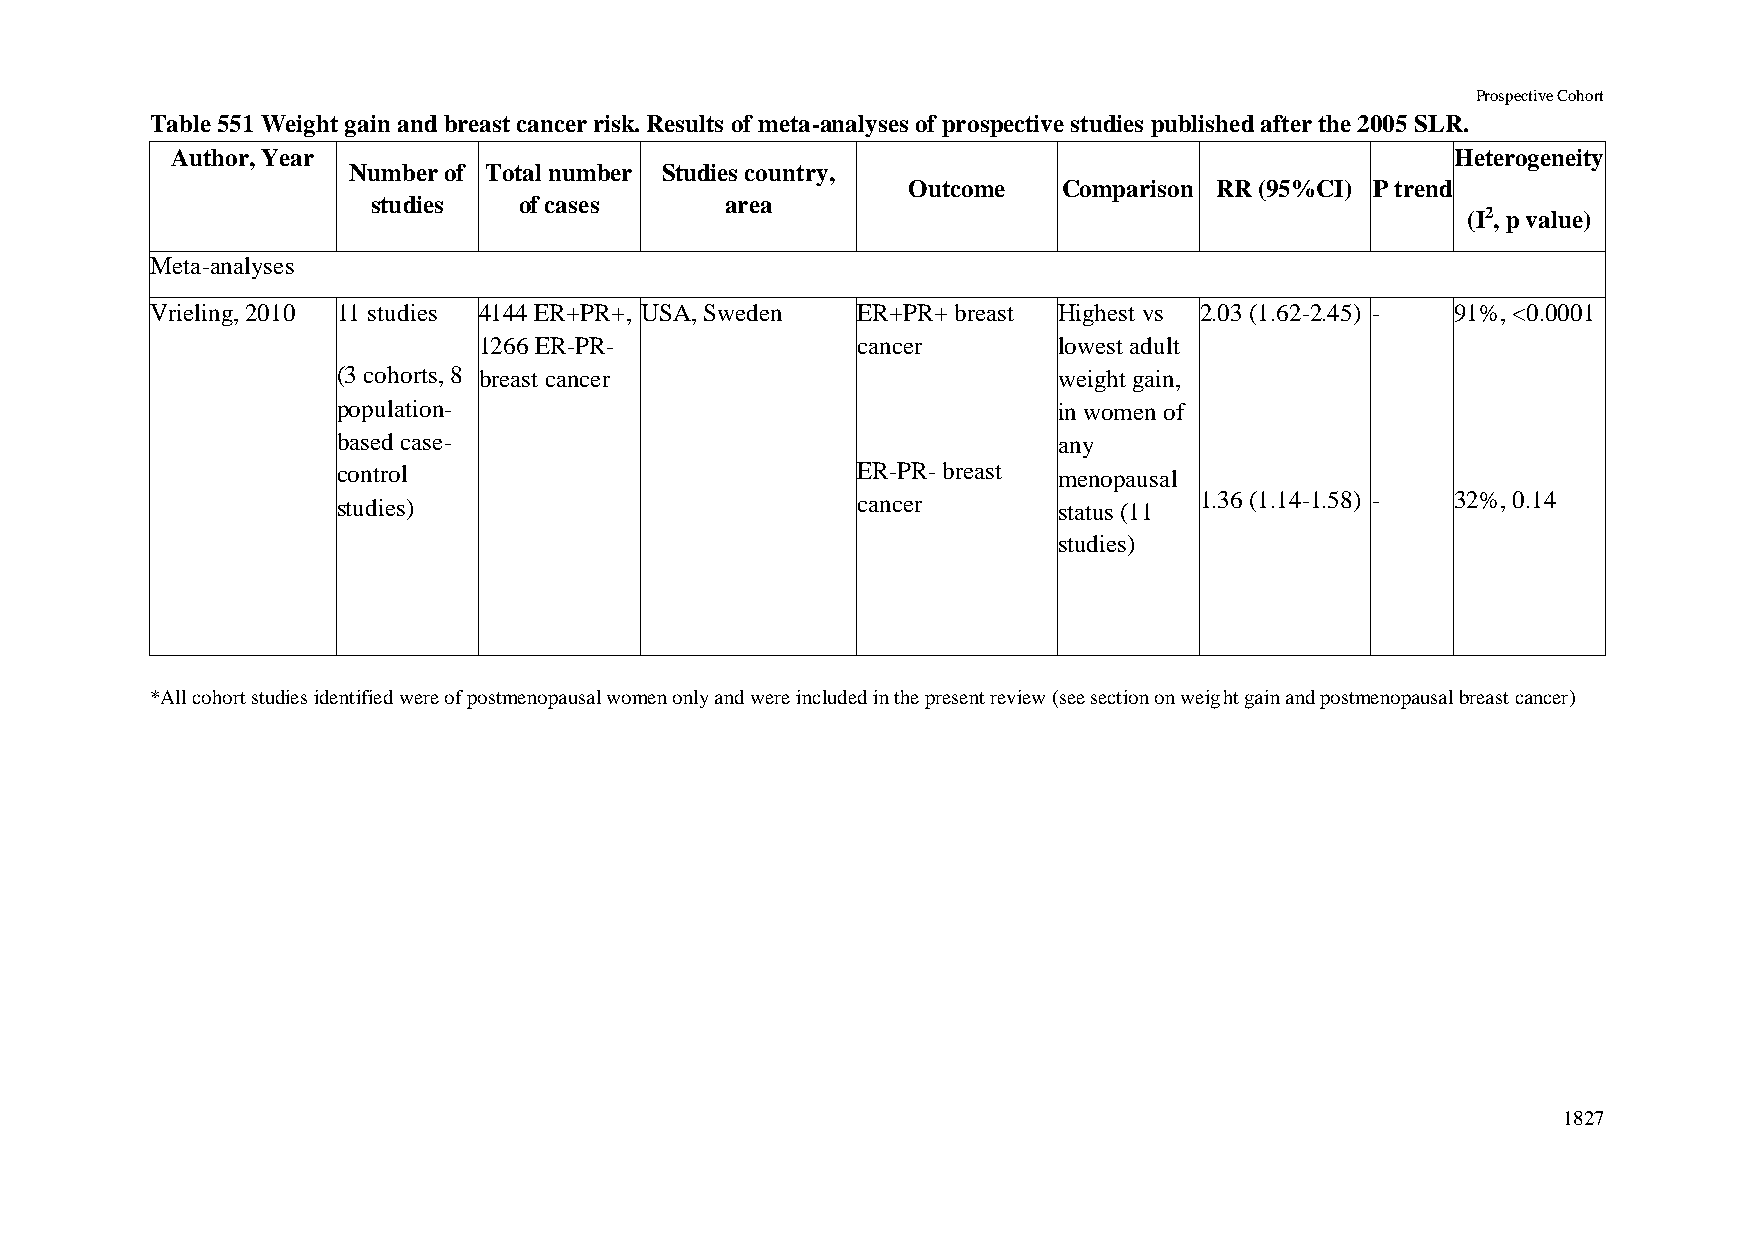
Prospective Cohort
 Table 551 Weight gain and breast cancer risk. Results of meta-analyses of prospective studies published after the 2005 SLR.
 Author, Year                                                                         Heterogeneity
 Number of Total number Studies country,
 Outcome   Comparison RR (95%CI) P trend
 studies  of cases      area
 (I2, p value)
 Meta-analyses
 Vrieling, 2010 11 studies 4144 ER+PR+, USA, Sweden ER+PR+ breast Highest vs 2.03 (1.62-2.45) - 91%, <0.0001
 1266 ER-PR-              cancer       lowest adult
 (3 cohorts, 8 breast cancer                     weight gain,
 population-                                     in women of
 based case-                                     any
 control                            ER-PR- breast menopausal
 studies)                           cancer       status (11 1.36 (1.14-1.58) - 32%, 0.14
 studies)
 *All cohort studies identified were of postmenopausal women only and were included in the present review (see section on weight gain and postmenopausal breast cancer)
 1827